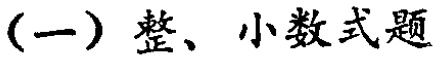
（一）整、小数式题